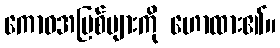
ကောဓအပြစ်များကို ဟောထား၏။